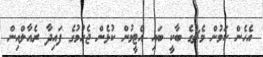
އެހެން ކަމުން މެޗުގެ ބާކީ ބައި އެޓީމުން ކުޅެން ޖެހުމުގެ ފައިދާ ރެއާލްއިން